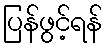
ပြန်ဖွင့်ရန်